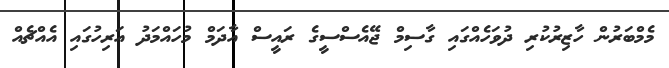
މެމްބަރުން ހާޒިރުކުރި ދުވަހެއްގައި ގާސިމް ޖޭއެސްސީގެ ރައީސް އާދަމް މުހައްމަދު އަރިހުގައި އެއްޗެއް